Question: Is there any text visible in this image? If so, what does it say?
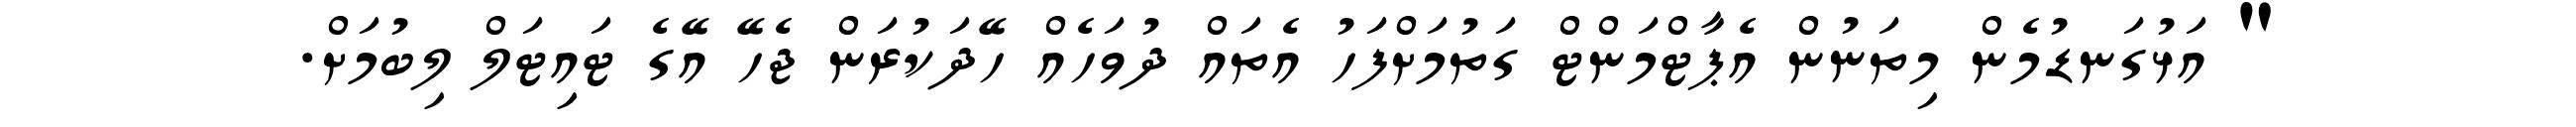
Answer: " އަޅުގަނޑުމެން މިތަނުން އެޕާޓްމަންޓް ގަތުމަށްފަހު އެތައް ދުވަހެއް ހޭދަކުރަން ޖެހޭ އޭގެ ޓައިޓަލް ލިބުމަށް.